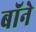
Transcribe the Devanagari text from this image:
बॉने